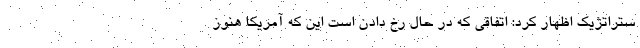
ستراتژیک اظهار کرد: اتفاقی که در حال رخ دادن است این که آمریکا هنوز